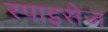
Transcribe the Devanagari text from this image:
स्पाइसेज